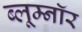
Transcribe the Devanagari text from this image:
ब्लूम्नॉर